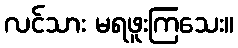
လင်သား မရဖူးကြသေး။